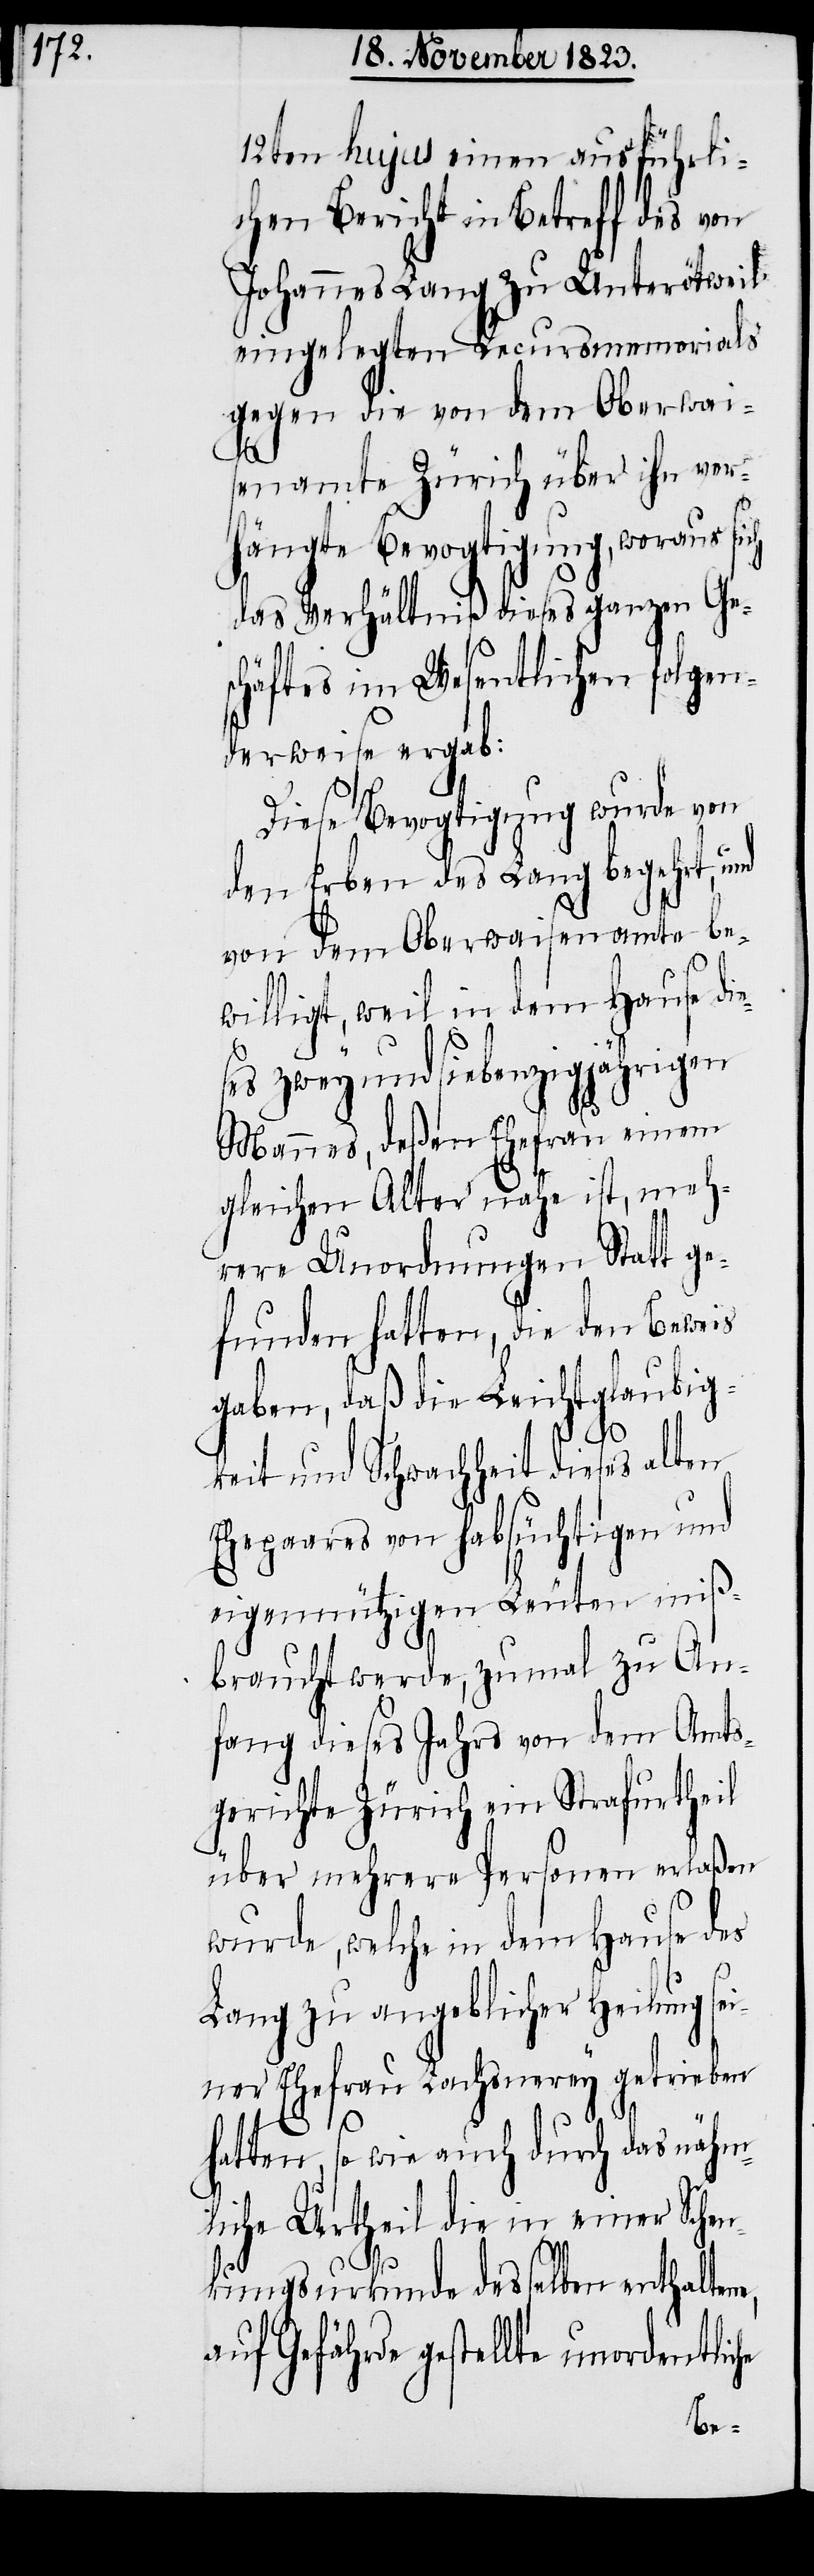
12ten hujus einen ausführli¬
chen Bericht in Betreff des von
Johannes Lang zu Unterötweil
eingelegten Recursmemorials
gegen die von dem Oberwai¬
senamte Zürich über ihn ver¬
hängte Bevogtigung, woraus sich
das Verhältniß dieses ganzen Ge¬
schäftes im Wesentlichen folgen¬
derweise ergab:
Diese Bevogtigung wurde von
den Erben des Lang begehrt,
von dem Oberwaisenamte be¬
willigt, weil in dem Hause die¬
ses zwey und siebenzigjährigen
Mannes, deßen Ehefrau einem
gleichen Alter nahe ist, meh¬
rere Unordnungen Statt ge¬
funden hatten, die den Beweis
gaben, daß die Leichtglaubig¬
keit und Schwachheit dieses alten
Ehepaares von habsüchtigen und
eigennützigen Leuten miß¬
braucht werde, zumal zu An¬
fang dieses Jahrs von dem Amts¬
gerichte Zürich ein Strafurtheil
über mehrere Personen erlaßen
wurde, welche in dem Hause des
Lang zu angeblicher Heilung sei¬
ner Ehefrau Lachsnerey getrieben
hatten, so wie auch durch das nähm¬
liche Urtheil die in einer Schen¬
kungsurkunde desselben enthaltene,
auf Gefährde gestellte unordentlic¬
he